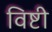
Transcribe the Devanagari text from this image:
विष्टी